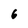
Character: 6